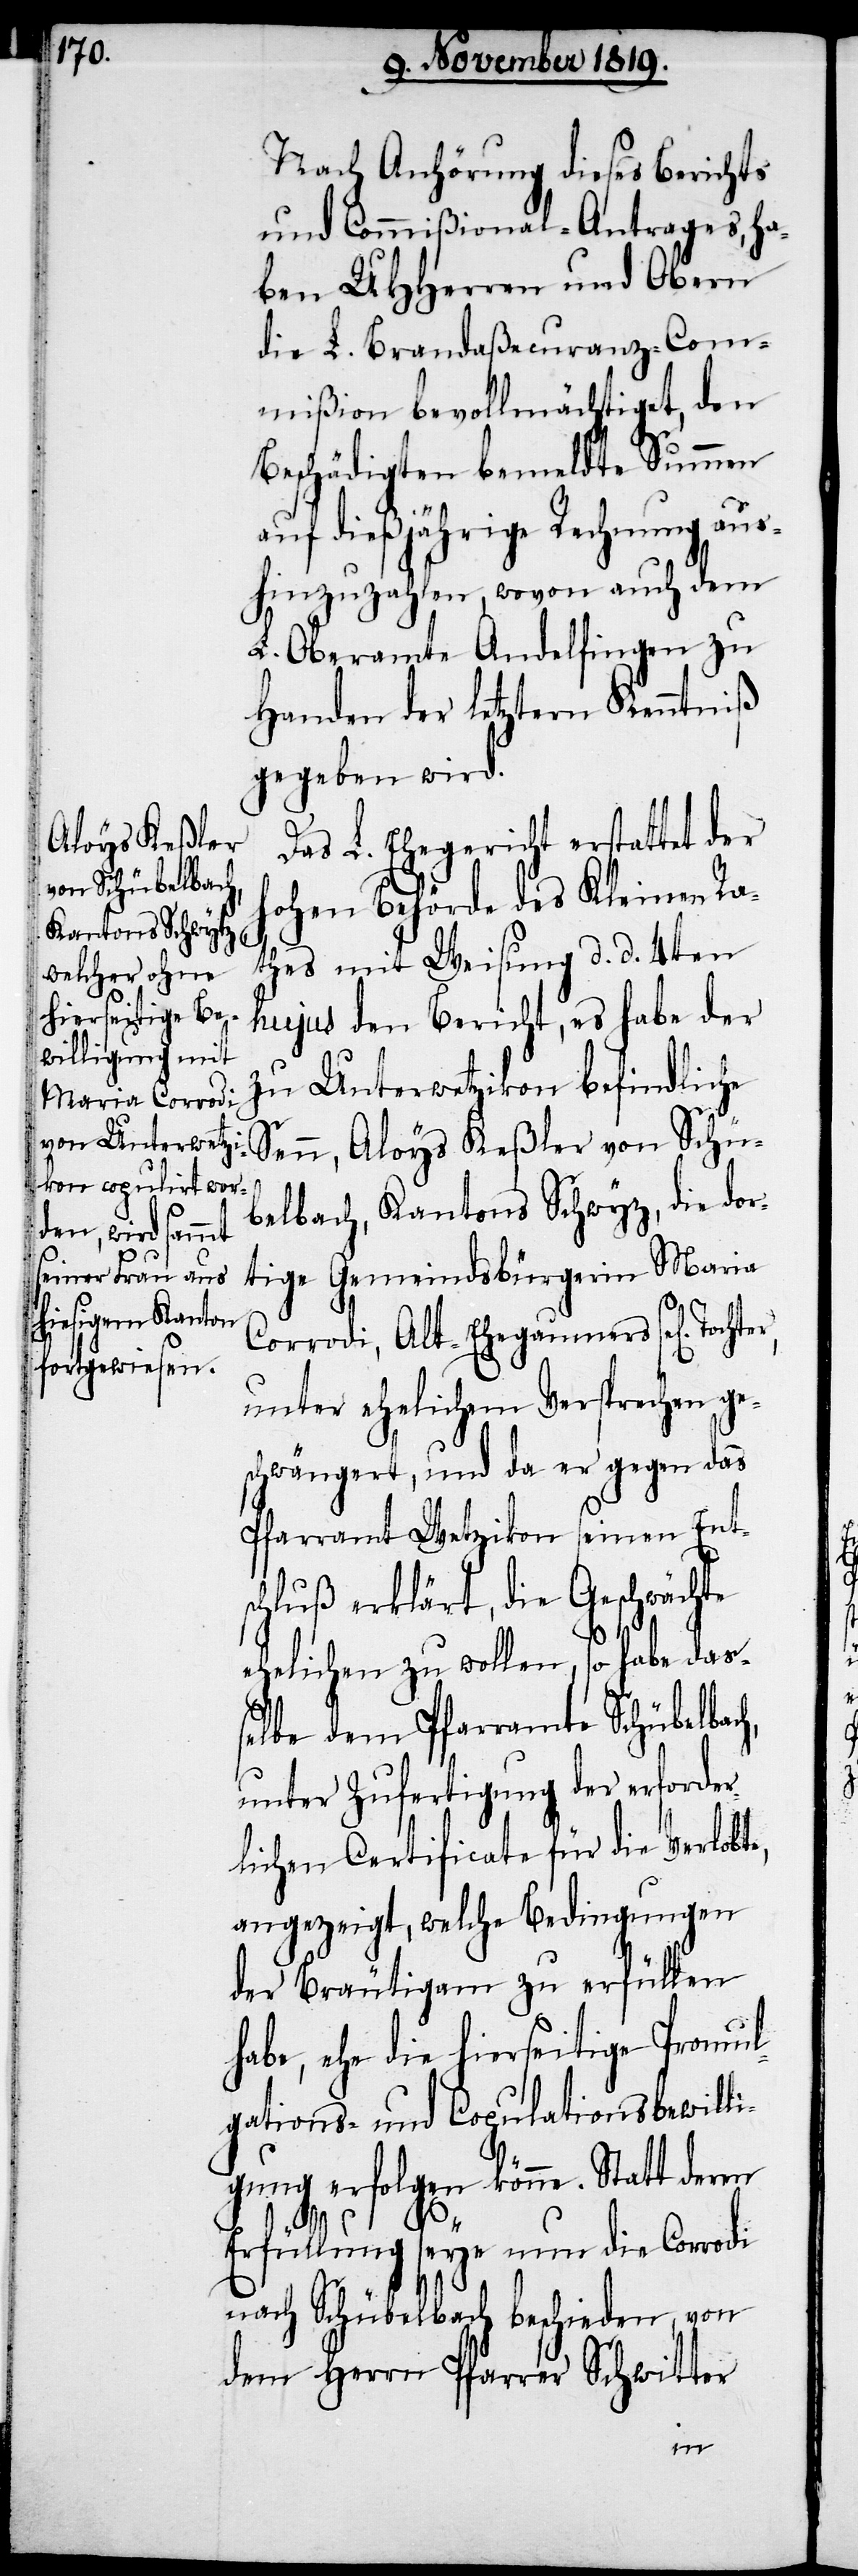
Nach Anhörung dieses Berichts
und Commißional-Antrages, ha¬
ben UHHerren und Obern
die L. Brandaßecuranz-Com¬
mißion bevollmächtiget, den
Beschädigten bemeldte Summen
auf dießjährige Rechnung aus¬
hinzuzahlen, wovon auch dem
L. Oberamte Andelfingen zu
Handen der letztern Kenntniß
gegeben wird.
Das L. Ehegericht erstattet der
hohen Behörde des Kleinen Ra¬
thes mit Weisung d. d. 4ten
hujus den Bericht, es habe der
zu Unterwetzikon befindliche
Senn, Aloys Keßler von Schü¬
belbach, Kantons Schwyz, die dor¬
tige Gemeindsbürgerin Maria
Corrodi, Alt-Ehegaumers sel[ige]
unter ehelichem Versprechen ge¬
schwängert, und da er gegen das
Pfarramt Wetzikon seinen Ent¬
schluß erklärt, die Geschwächte
ehelichen zu wollen, so habe das¬
selbe dem Pfarramte Schübelbach,
unter Zufertigung des erforder¬
lichen Certificate für die Verlobt¬
angezeigt, welche Bedingungen
der Bräutigam zu erfüllen
habe, ehe die hierseitge Promul¬
gations- und Copulationsbewil¬
ligung erfolgen könne. Statt
Erfüllung seye nun die Corrodi
nach Schübelbach beschieden, von
dem Herrn Pfarrer Schwitter
e,